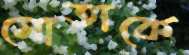
মোতাকে